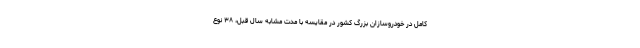
کامل در خودروسازان بزرگ کشور در مقایسه با مدت مشابه سال قبل، ۳۸ نوع